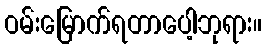
ဝမ်းမြောက်ရတာပေါ့ဘုရား။